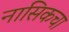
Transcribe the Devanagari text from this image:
नासिकचा